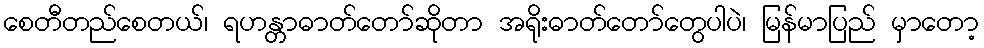
စေတီတည်စေတယ်၊ ရဟန္တာဓာတ်တော်ဆိုတာ အရိုးဓာတ်တော်တွေပါပဲ၊ မြန်မာပြည် မှာတော့